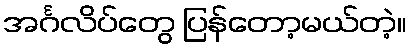
အင်္ဂလိပ်တွေ ပြန်တော့မယ်တဲ့။